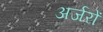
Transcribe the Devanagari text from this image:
अर्जरों